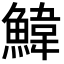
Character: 𮬄